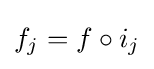
f_{j}=f\circ i_{j}